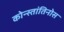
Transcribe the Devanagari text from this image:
कोन्स्तांतिनोस